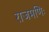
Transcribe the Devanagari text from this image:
राजमणिः